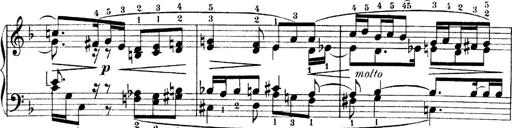
Title: 4 Sonatines
Composer: Max Reger